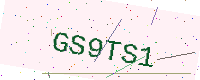
Text: GS9TS1